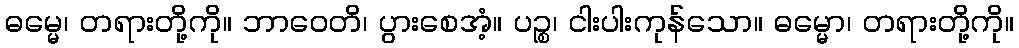
ဓမ္မေ၊ တရားတို့ကို။ ဘာဝေတိ၊ ပွားစေအံ့။ ပဉ္စ၊ ငါးပါးကုန်သော။ ဓမ္မော၊ တရားတို့ကို။